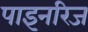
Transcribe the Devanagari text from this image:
पाइनरिज